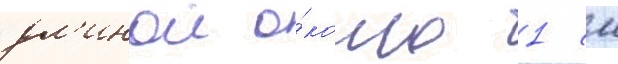
дл'инои о́коло 1 см